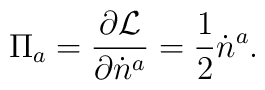
\Pi_{a}   =   \frac{\partial   {\cal  L}}{\partial  \dot{n}^{a}}  = \frac{1}{2}\dot{n}^{a}.